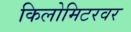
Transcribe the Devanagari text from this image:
किलोमिटरवर